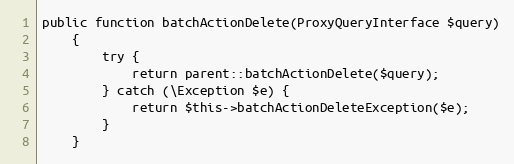
Language: PHP
public function batchActionDelete(ProxyQueryInterface $query)
    {
        try {
            return parent::batchActionDelete($query);
        } catch (\Exception $e) {
            return $this->batchActionDeleteException($e);
        }
    }